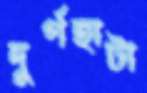
দুর্গহাটা